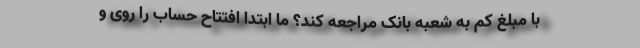
با مبلغ کم به شعبه بانک مراجعه کند؟ ما ابتدا افتتاح حساب را روی و